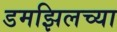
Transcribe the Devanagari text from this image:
डमझिलच्या